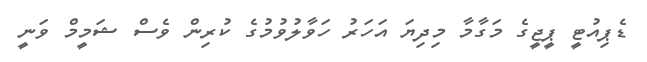
ޑެޕިއުޓީ ޕީޖީގެ މަގާމާ މިދިޔަ އަހަރު ހަވާލުވުމުގެ ކުރިން ވެސް ޝަމީމް ވަނީ